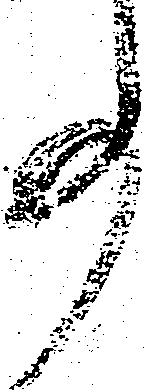
事